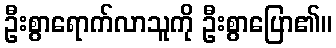
ဦးစွာရောက်လာသူကို ဦးစွာပြော၏။